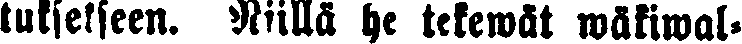
tuksekseen. Niillä he tekewät wäkiwal-